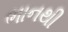
ભાનથી